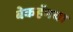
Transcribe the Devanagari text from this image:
बेकहॅमचा